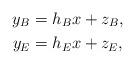
LaTeX: \begin{align*} y_B &= h_B x + z_B , \\ y_E &= h_E x + z_E , \end{align*}